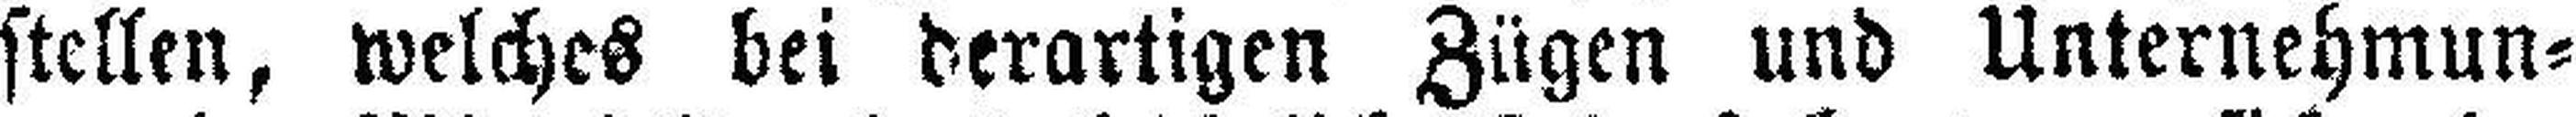
stellen, welches bei derartigen Zügen und Unternehmun¬